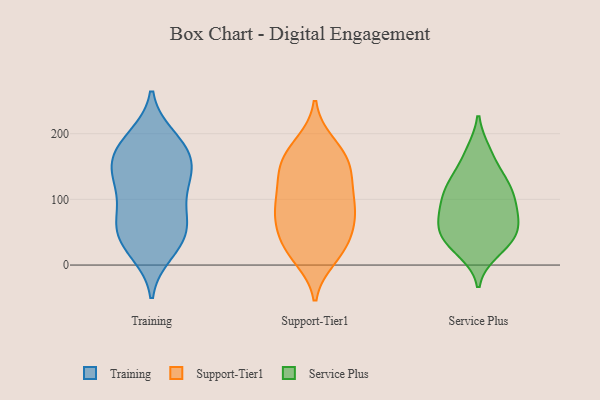
{"axis": {"x": "Budget (USD K)", "y": "Value"}, "legend": ["Service Plus", "Support-Tier1", "Training"], "data": [{"x": "", "y": 27, "type": "Training"}, {"x": "", "y": 136, "type": "Training"}, {"x": "", "y": 195, "type": "Training"}, {"x": "", "y": 86, "type": "Training"}, {"x": "", "y": 35, "type": "Training"}, {"x": "", "y": 60, "type": "Training"}, {"x": "", "y": 19, "type": "Training"}, {"x": "", "y": 144, "type": "Training"}, {"x": "", "y": 105, "type": "Training"}, {"x": "", "y": 68, "type": "Training"}, {"x": "", "y": 145, "type": "Training"}, {"x": "", "y": 180, "type": "Training"}, {"x": "", "y": 192, "type": "Training"}, {"x": "", "y": 145, "type": "Training"}, {"x": "", "y": 163, "type": "Training"}, {"x": "", "y": 173, "type": "Training"}, {"x": "", "y": 114, "type": "Training"}, {"x": "", "y": 47, "type": "Training"}, {"x": "", "y": 59, "type": "Training"}, {"x": "", "y": 47, "type": "Support-Tier1"}, {"x": "", "y": 71, "type": "Support-Tier1"}, {"x": "", "y": 111, "type": "Support-Tier1"}, {"x": "", "y": 165, "type": "Support-Tier1"}, {"x": "", "y": 145, "type": "Support-Tier1"}, {"x": "", "y": 131, "type": "Support-Tier1"}, {"x": "", "y": 24, "type": "Support-Tier1"}, {"x": "", "y": 152, "type": "Support-Tier1"}, {"x": "", "y": 185, "type": "Support-Tier1"}, {"x": "", "y": 98, "type": "Support-Tier1"}, {"x": "", "y": 73, "type": "Support-Tier1"}, {"x": "", "y": 80, "type": "Support-Tier1"}, {"x": "", "y": 155, "type": "Support-Tier1"}, {"x": "", "y": 115, "type": "Support-Tier1"}, {"x": "", "y": 19, "type": "Support-Tier1"}, {"x": "", "y": 11, "type": "Support-Tier1"}, {"x": "", "y": 83, "type": "Support-Tier1"}, {"x": "", "y": 178, "type": "Support-Tier1"}, {"x": "", "y": 26, "type": "Support-Tier1"}, {"x": "", "y": 57, "type": "Support-Tier1"}, {"x": "", "y": 86, "type": "Service Plus"}, {"x": "", "y": 20, "type": "Service Plus"}, {"x": "", "y": 59, "type": "Service Plus"}, {"x": "", "y": 98, "type": "Service Plus"}, {"x": "", "y": 116, "type": "Service Plus"}, {"x": "", "y": 173, "type": "Service Plus"}, {"x": "", "y": 72, "type": "Service Plus"}, {"x": "", "y": 92, "type": "Service Plus"}, {"x": "", "y": 56, "type": "Service Plus"}, {"x": "", "y": 172, "type": "Service Plus"}, {"x": "", "y": 136, "type": "Service Plus"}, {"x": "", "y": 24, "type": "Service Plus"}, {"x": "", "y": 115, "type": "Service Plus"}, {"x": "", "y": 34, "type": "Service Plus"}, {"x": "", "y": 83, "type": "Service Plus"}, {"x": "", "y": 53, "type": "Service Plus"}, {"x": "", "y": 132, "type": "Service Plus"}, {"x": "", "y": 41, "type": "Service Plus"}, {"x": "", "y": 123, "type": "Service Plus"}, {"x": "", "y": 47, "type": "Service Plus"}]}